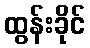
ထွန်းခိုင်